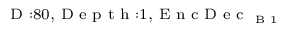
_ { \textrm { D } : 8 0 , \textrm { D e p t h } : 1 , \textrm { E n c D e c } _ { \textrm { B } 1 } }